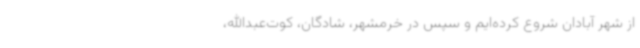
از شهر آبادان شروع کرده‌ایم و سپس در خرمشهر، شادگان، کوت‌عبدالله،